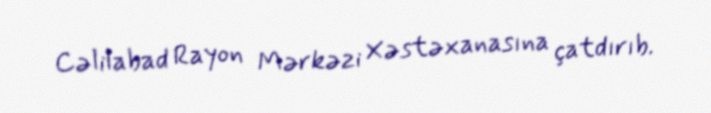
Cəlilabad Rayon Mərkəzi Xəstəxanasına çatdırıb.